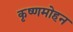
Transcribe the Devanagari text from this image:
कृष्णमोहन